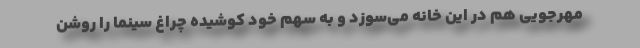
مهرجویی هم در این خانه می‌سوزد و به سهم خود کوشیده چراغ سینما را روشن